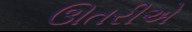
ઊતરીએ